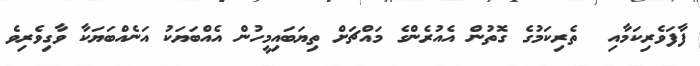
ފާފަވެރިކަމާއި  ތެރިކަމުގެ ގޮތުން އެއުރެންގެ މައްޗަށް ތިޔަބައިމީހުން އެއްބަޔަކު އަނެއްބަޔަކާ ވާގިވެރިވެ